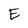
Character: E